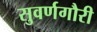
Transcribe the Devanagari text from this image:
सुवर्णगौरी